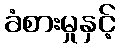
ခံစားမှုနှင့်